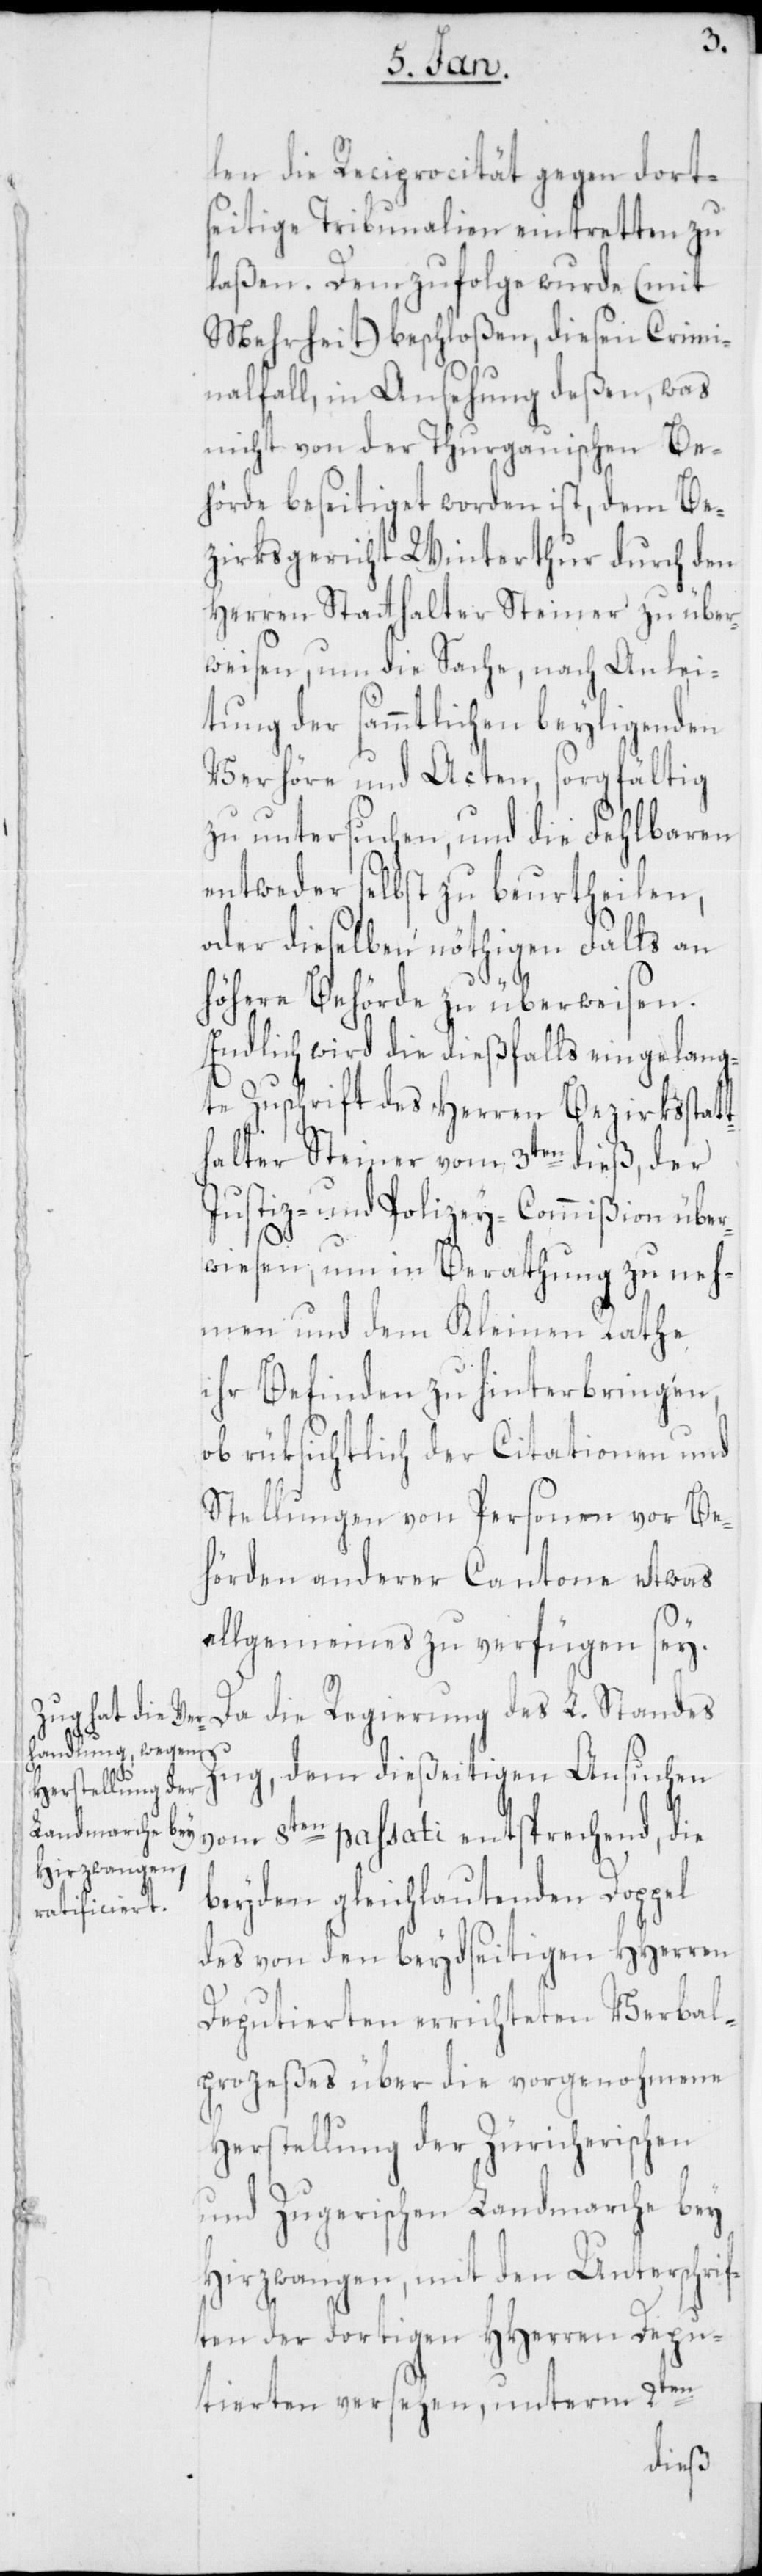
len die Reciprocität gegen dort¬
seitige Tribunalien eintretten zu
laßen. Demzufolge wurde (mit
Mehrheit) beschloßen, diesen Crimi¬
nalfall, in Ansehung deßen, was
nicht von der Thurgauischen Be¬
hörde beseitiget worden ist, dem Be¬
zirksgericht Winterthur durch den
Herren Statthalter Steiner zu über¬
weisen, um die Sache, nach Anlei¬
tung der sämmtlichen beyligenden
Verhöre und Acten, sorgfältig
zu untersuchen, und die Fehlbaren
entweder selbst zu beurtheilen,
oder dieselben nöthigen Falls an
höhere Behörde zu überweisen.
Endlich wird die dießfalls eingelang¬
te Zuschrift des Herren Bezirksstatt¬
halter Steiger vom 3ten dieß, der
Justiz- und Polizey-Commißion über¬
wiesen, um in Berathung zu neh¬
men und dem Kleinen Rathe
ihr Befinden zu hinterbringen,
ob rüksichtlich der Citationen und
Stellungen von Personen vor Be¬
hörden anderer Cantone etwas
allgemeines zu verfügen sei.
Da die Regierung des L. Standes
Zug, dem dießeitigen Ansuchen
vom 8ten passati entsprechend, die
beyden gleichlautenden Doppel
des von den beydseitigen HHerren
Deputierten errichteten Verbal¬
prozeßes über die vorgenohmene
Herstellung der Zürcherischen
und Zugerischen Landmarche bey
Hirzwangen, mit den Unterschrif¬
ten der dortigen HHerren Depu¬
tierten versehen, unterm 2ten